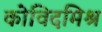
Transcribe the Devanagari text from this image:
कोविदमिश्र